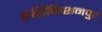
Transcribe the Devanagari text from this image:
हरिकिशनपुर